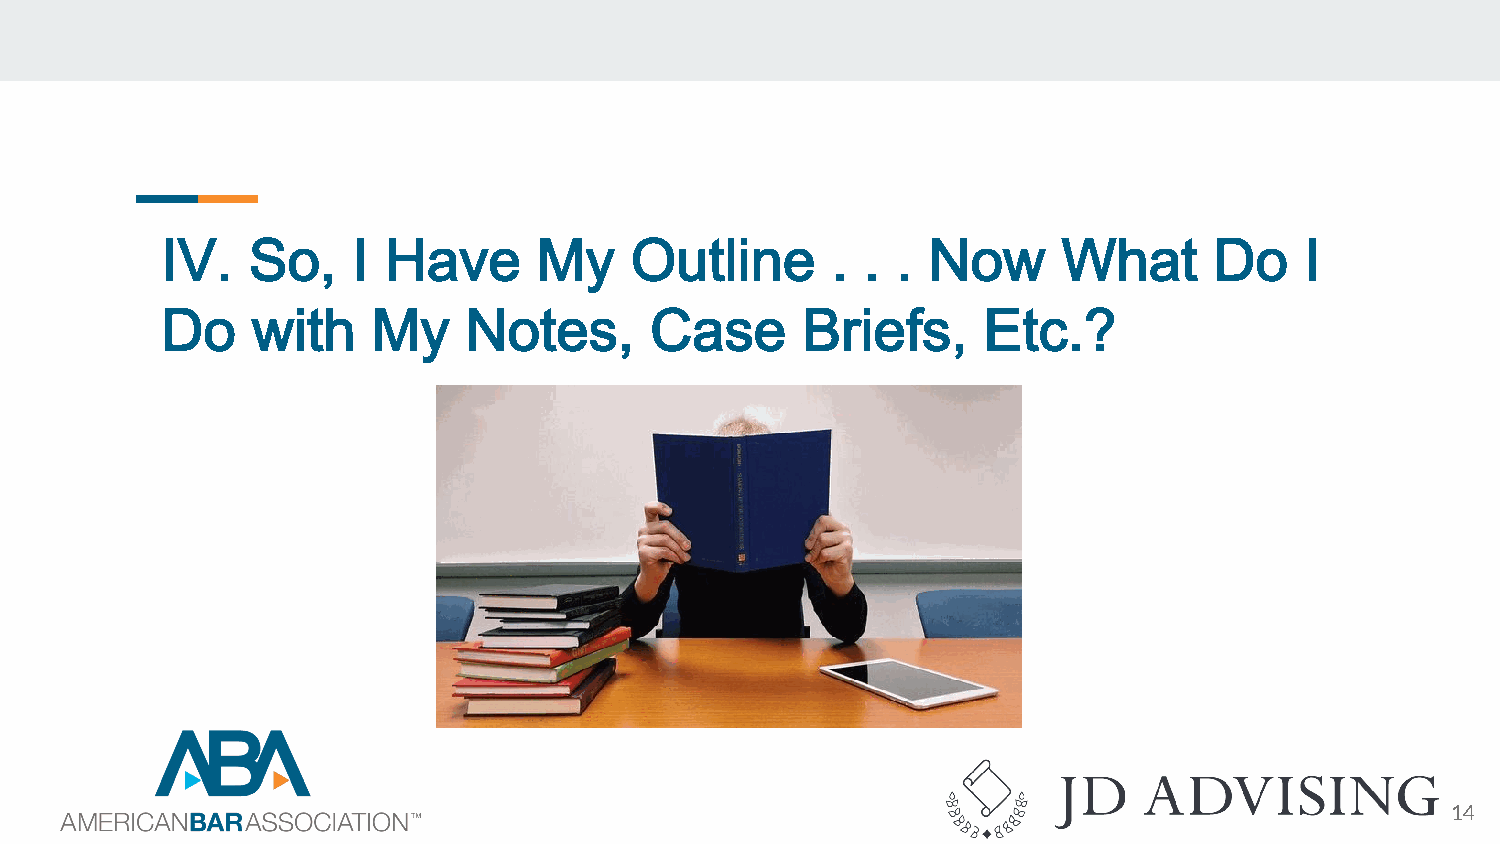
IV.  So,    I Have       My    Outline      . . . Now      What      Do    I
 Do    with    My    Notes,      Case      Briefs,     Etc.?
 14